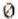
0